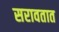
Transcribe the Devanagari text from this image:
सरावतात